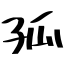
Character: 孤